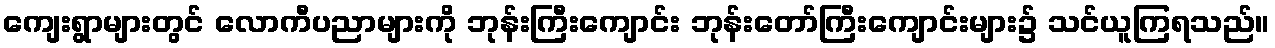
ကျေးရွာများတွင် လောကီပညာများကို ဘုန်းကြီးကျောင်း ဘုန်းတော်ကြီးကျောင်းများ၌ သင်ယူကြရသည်။